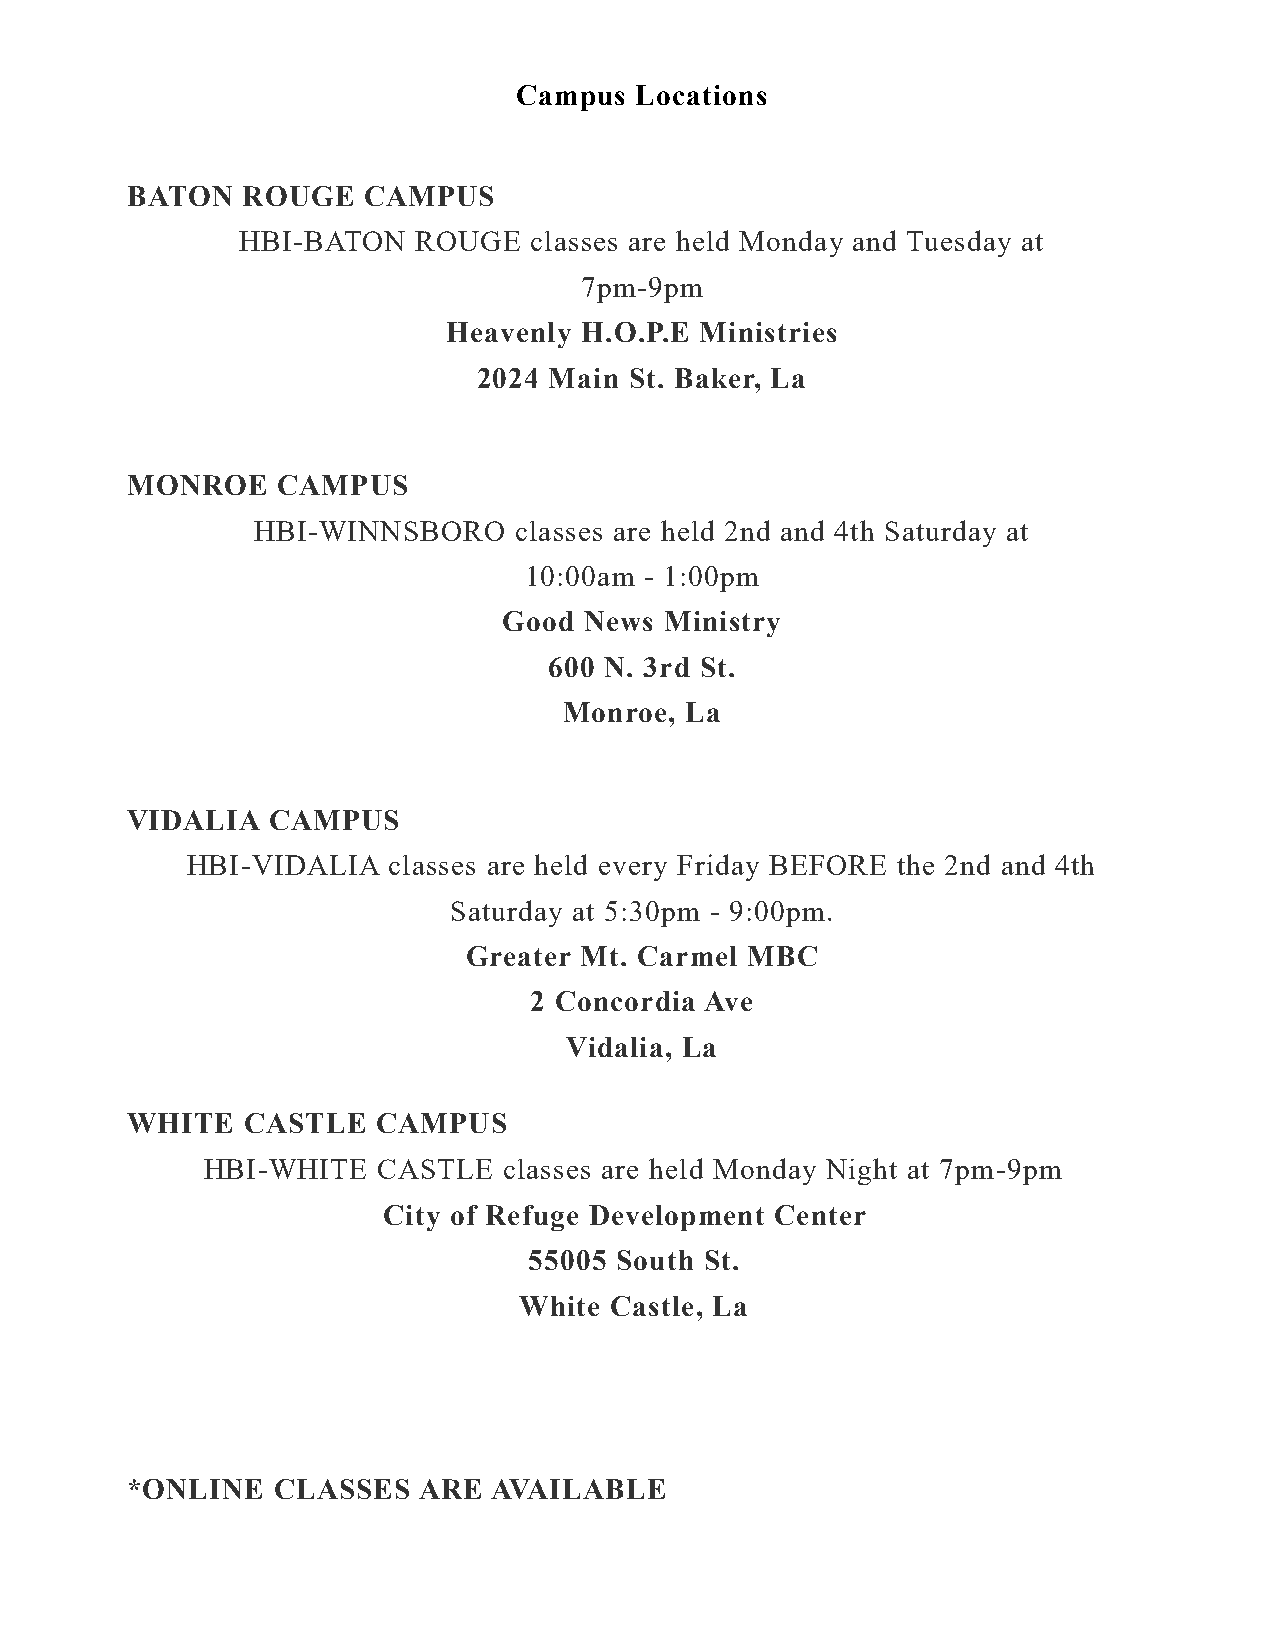
Campus  Locations
 BATON   ROUGE   CAMPUS
 HBI-BATON  ROUGE   classes are held Monday and Tuesday at
 7pm-9pm
 Heavenly H.O.P.E Ministries
 2024 Main St. Baker, La
 MONROE    CAMPUS
 HBI-WINNSBORO    classes are held 2nd and 4th Saturday at
 10:00am - 1:00pm
 Good  News Ministry
 600 N. 3rd St.
 Monroe, La
 VIDALIA   CAMPUS
 HBI-VIDALIA   classes are held every Friday BEFORE the 2nd and 4th
 Saturday at 5:30pm - 9:00pm.
 Greater Mt. Carmel MBC
 2 Concordia Ave
 Vidalia, La
 WHITE   CASTLE   CAMPUS
 HBI-WHITE   CASTLE  classes are held Monday Night at 7pm-9pm
 City of Refuge Development Center
 55005 South St.
 White Castle, La
 *ONLINE   CLASSES   ARE  AVAILABLE